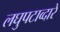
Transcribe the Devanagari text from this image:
लघुपटाव्दारे